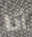
أنا